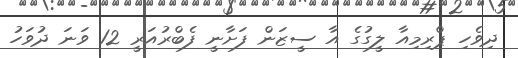
ދިވެހި ޕްރިމިއާ ލީގުގެ އާ ސީޒަން ފަށާނީ ފެބްރުއަރީ 12 ވަނަ ދުވަހު